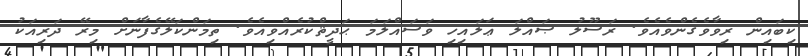
ކިބައިން ރިވާވެގެންވެއެވެ. ރަސޫލު ޞައްލަ ޢަލައިހި ވަސައްލަމަ ޙަދީޘްކުރެއްވިއެވެ. ތިމަންކަލޭގެފާނަށް މިރޭ ދަރިއަކު